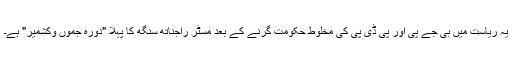
یہ ریاست میں بی جے پی اور پی ڈی پی کی مخلوط حکومت گرنے کے بعد مسٹر راجناتھ سنگھ کا پہلا "دورہ جموں وکشمیر" ہے۔